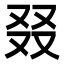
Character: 叕